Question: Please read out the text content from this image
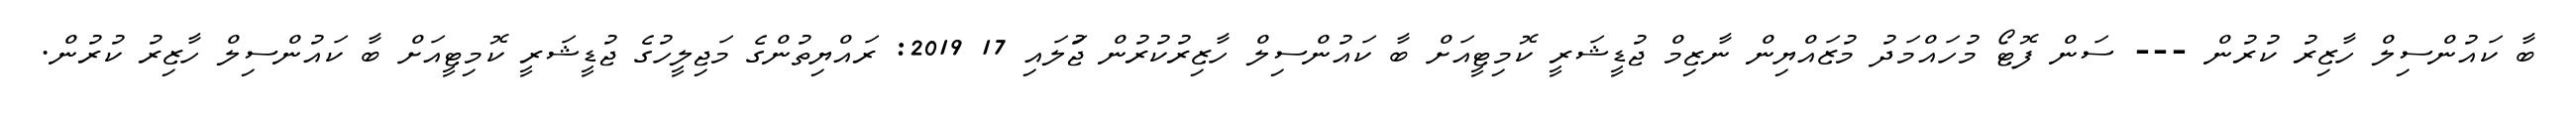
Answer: ބާ ކައުންސިލް ހާޒިރު ކުރުން --- ސަން ފޮޓޯ މުހައްމަދު މުޒައްޔިން ނާޒިމް ޖުޑީޝަރީ ކޮމިޓީއަށް ބާ ކައުންސިލް ހާޒިރުކުރުން ޖުަލައި 17 2019: ރައްޔިތުންގެ މަޖިލީހުގެ ޖުޑީޝަރީ ކޮމިޓީއަށް ބާ ކައުންސިލް ހާޒިރު ކުރުން.